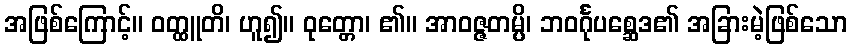
အဖြစ်ကြောင့်။ ဝတ္ထူတိ၊ ဟူ၍။ ဝုတ္တော၊ ၏။ အာဝဇ္ဇတမ္ပိ၊ ဘဝင်္ဂုပစ္ဆေဒ၏ အခြားမဲ့ဖြစ်သော